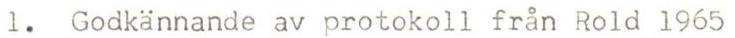
1. Godkännande av protokoll från Rold 1965